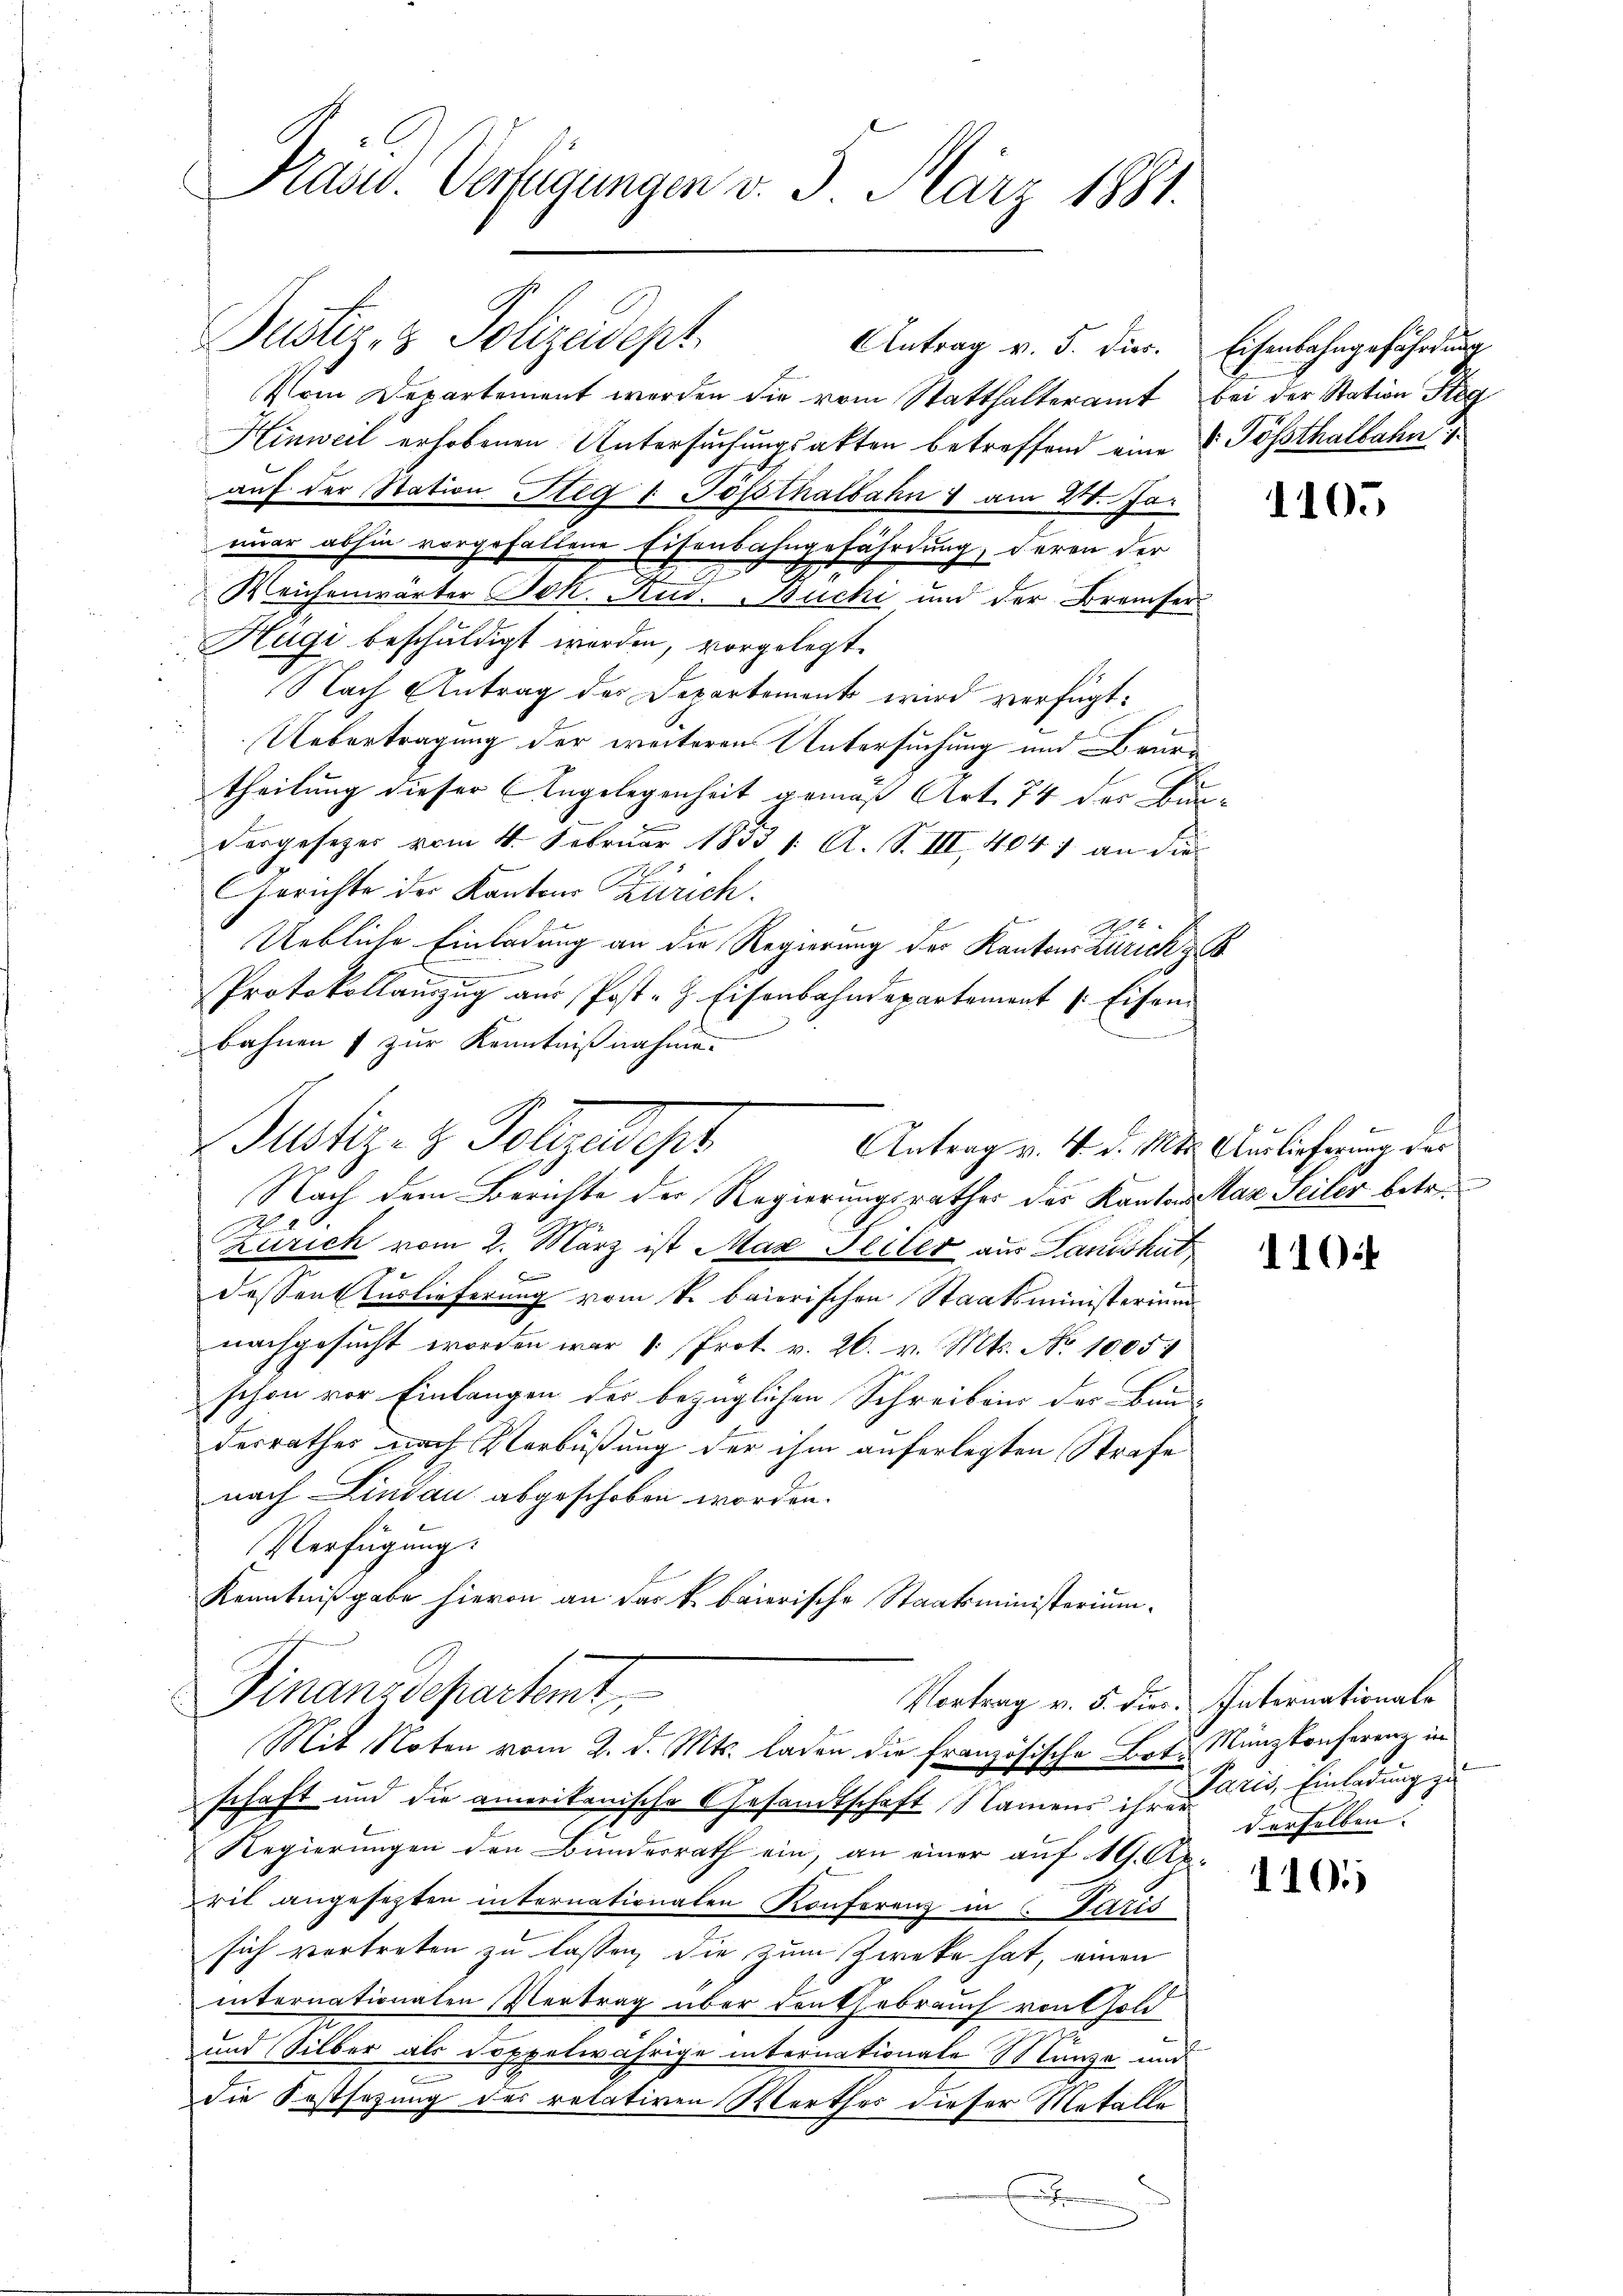
Präsid. Verfügungen v. 5. März 1881.

Justiz- & Polizeidept
Antrag v. 5. dies. Eisenbahngefährdung
Vom Departement werden die vom Statthalteramt bei der Station Reg
Hinweil erhobenen Untersuchungsakten betreffend eine Pössthalbahn
aŭf der Station Steg u. Posthalbahn & am 20. Ja
nuar abhin vorgefallene Eisenbahngefährdung, deren der
z
Weichenwärter Jok. Rud. Buchi und der Bramser
Hägi beschuldigt worden, vorgelegt.
Nach Antrag des Departement wird verfügt:
Uebertragung der weiteren Untersuchung und Beurtheilung dieser Angelegenheit gemäß Art. 74 der Bundergesezes vom 4. Februar 1833 /: A. S. III, 404 7 an die
Gerichte der Kantons Zürich.
Uebliche Einladung an die Regierung der Kantons Zürich z
.
Protokollanzŭg aŭs Post- & Eisenbahndepartement 1. Eisen
Bahnen f zur Kenntnißnahme.
Justiz- & Polizeist
Antrag v. 4. d. Mts. Auslieferung des
Nach dem Berichte der Regierungsrathes des Kantons Max Seiler betr.
4
Zürich vom 2. März ist Max Peiler aus Landshut
dessen Auslieferung vom k. baierischen Staatsministerium
nachgesucht worden war 1. Prot. v. 26. v. Mts. No 1005
schon vor Einlangen der bezüglichen Schreibens der Bau-
desrathes nach Verbüßung der ihm auferlegten Strafe
nach Lindau abgeschoben worden.
Verfügung:
Kenntnißgabe hievon an das k. baierische Staatsministerium

Finanzdepartemt,
Mit Noten vom 2. d. Mts. laden die französische Bot. Münzkonferenz in

schaft und die amerikanische Gesandtschaft Namens ihre es, Einladung zu
Regierungen den Bundesrath ein, an einer auf 19. Aprit angesezten internationaten Konferenz in Paris
sich vertreten zu lassen, die zum Zwecke hat, einen
internationaten Vertrag über donthebrauch von Gold
und Silber als Doppelwährige internationale Münze und
die Kostsazung des relativen Marthes dieser Metalle
E

1105

110

Vortrag v. 5. dies. Internationale
derselben. |

1101